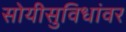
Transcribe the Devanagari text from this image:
सोयीसुविधांवर